Report of the Bombay Plague Committee
Disease focus: Plague
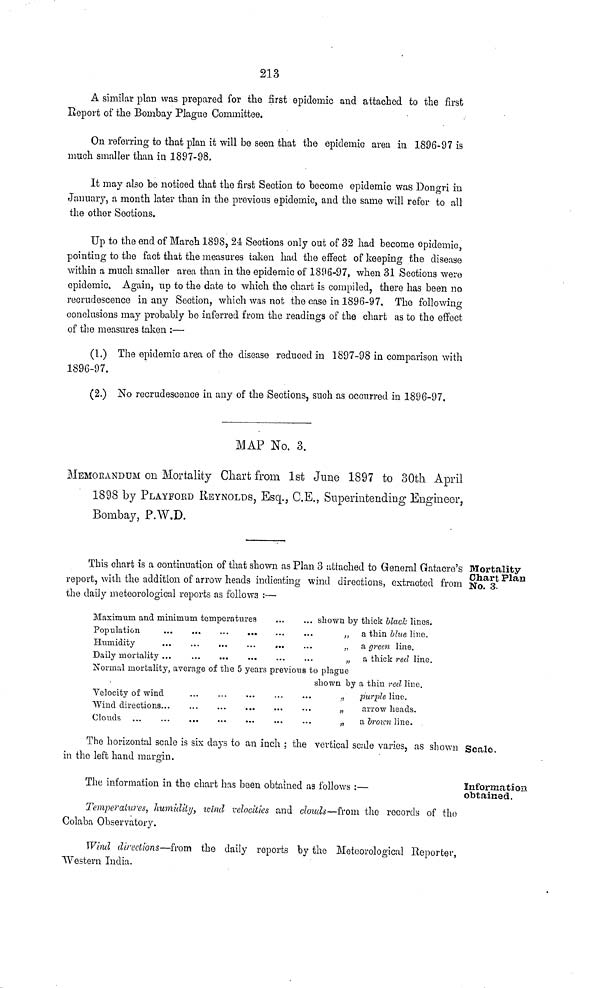
213
A similar plan was prepared for the first epidemic and attached to the first
Report of the Bombay Plague Committee.
On referring to that plan it will be seen that the epidemic area in 1896-97 is
much smaller than in 1897-98,
It may also be noticed that the first Section to become epidemic was Dongri in
January, a month later than in the previous epidemic, and the same will refer to all
the other Sections.
Up to the end of March 1898, 24 Sections only out of 32 had become epidemic,
pointing to the fact that the measures taken had the effect of keeping the disease
within a much smaller area than in the epidemic of 1896-97, when 31 Sections were
epidemic. Again, up to the date to which the chart is compiled, there has been no
recrudescence in any Section, which was not the case in 1896-97. The following
conclusions may probably be inferred from the readings of the chart as to the effect
of the measures taken :—
(1.) The epidemic area of the disease reduced in 1897-98 in comparison with
1896-97.
(2.) No recrudescence in any of the Sections, such as occurred in 1896-97.
MAP No. 3.
MEMORANDUM on Mortality Chart from 1st June 1897 to 30th April
1898 by PLAYFORD REYNOLDS, Esq., C.E., Superintending Engineer,
Bombay, P.W.D.
This chart is a continuation of that shown as Plan 3 attached to General Gatacre's Mortality
report, with the addition of arrow heads indicating wind directions, extracted from N O ' 3.
n
the daily meteorological reports as follows :—
Maximum and minimum temperatures
shown by thick black lines.
Population
...
,
})
a thin Hue line.
Humidity
...
;1
a green line.
Daily mortality
t)
a thick red line.
Normal mortality, average of the 5 years previous to plague
shown by a thin red line.
Velocity of wind
...
.,
purple line.
"Wind directions
„
arrow heads.
Clouds ...
...
M
a l)roicn line.
The horizontal scale is six days to an inch ; the vertical scale varies, as shown Scale,
in the left hand margin.
Information
obtained.
The information in the chart has been obtained as follows :—
Temperatures, humidity, wind velocities and clouds—from the records of tho
Colaba Observatory.
Wind directions—from the daily reports by tho Meteorological Reporter,
Western India.